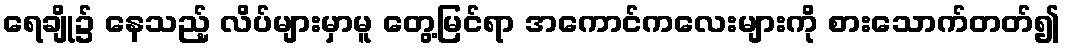
ရေချို၌ နေသည့် လိပ်များမှာမူ တွေ့မြင်ရာ အကောင်ကလေးများကို စားသောက်တတ်၍